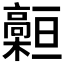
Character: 𩫡